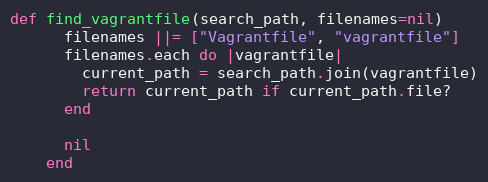
Language: Ruby
def find_vagrantfile(search_path, filenames=nil)
      filenames ||= ["Vagrantfile", "vagrantfile"]
      filenames.each do |vagrantfile|
        current_path = search_path.join(vagrantfile)
        return current_path if current_path.file?
      end

      nil
    end